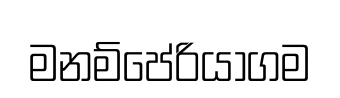
මනම්පේරියාගම